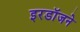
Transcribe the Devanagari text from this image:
इरडॉजने